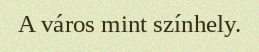
A város mint színhely.